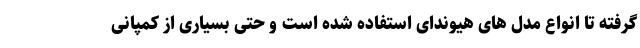
گرفته تا انواع مدل های هیوندای استفاده شده است و حتی بسیاری از کمپانی